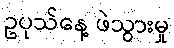
ဥပုသ်နေ့ ဖဲသွားမှု